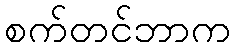
စက်တင်ဘာက